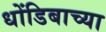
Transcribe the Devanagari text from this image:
धोंडिबाच्या